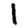
Digit: 1